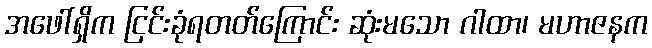
အဖေါ်ရှိက ငြင်းခုံရတတ်ကြောင်း ဆုံးမသော ဂါထာ၊ မဟာဇနက